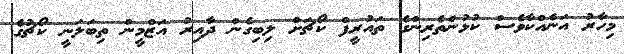
މިހާރު އަނެއްކާވެސް ކުޅުންތެރިންގެ ތައުރީފް ކޯޗަށް ލިބިގެން ދާއިރު އަޒްމީން ތިބަލަނީ ކޯޗުގެ